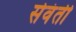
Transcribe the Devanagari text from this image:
सेवंती